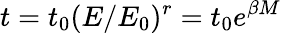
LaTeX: t=t_{0}(E/E_{0})^{r}=t_{0}e^{\beta M}